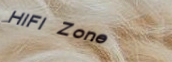
HiFi Zone